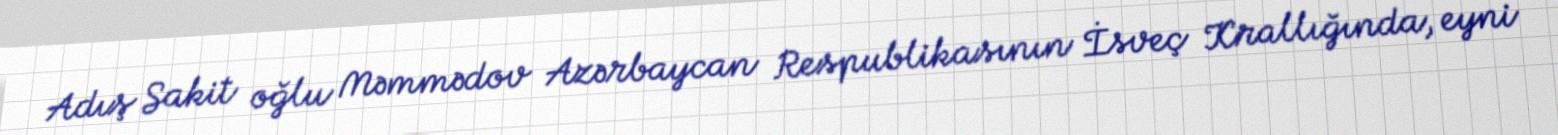
Adış Sakit oğlu Məmmədov Azərbaycan Respublikasının İsveç Krallığında, eyni